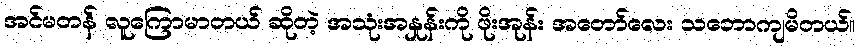
အင်မတန် လူကြောမာတယ် ဆိုတဲ့ အသုံးအနှုန်းကို ဖိုးအုန်း အတော်လေး သဘောကျမိတယ်။